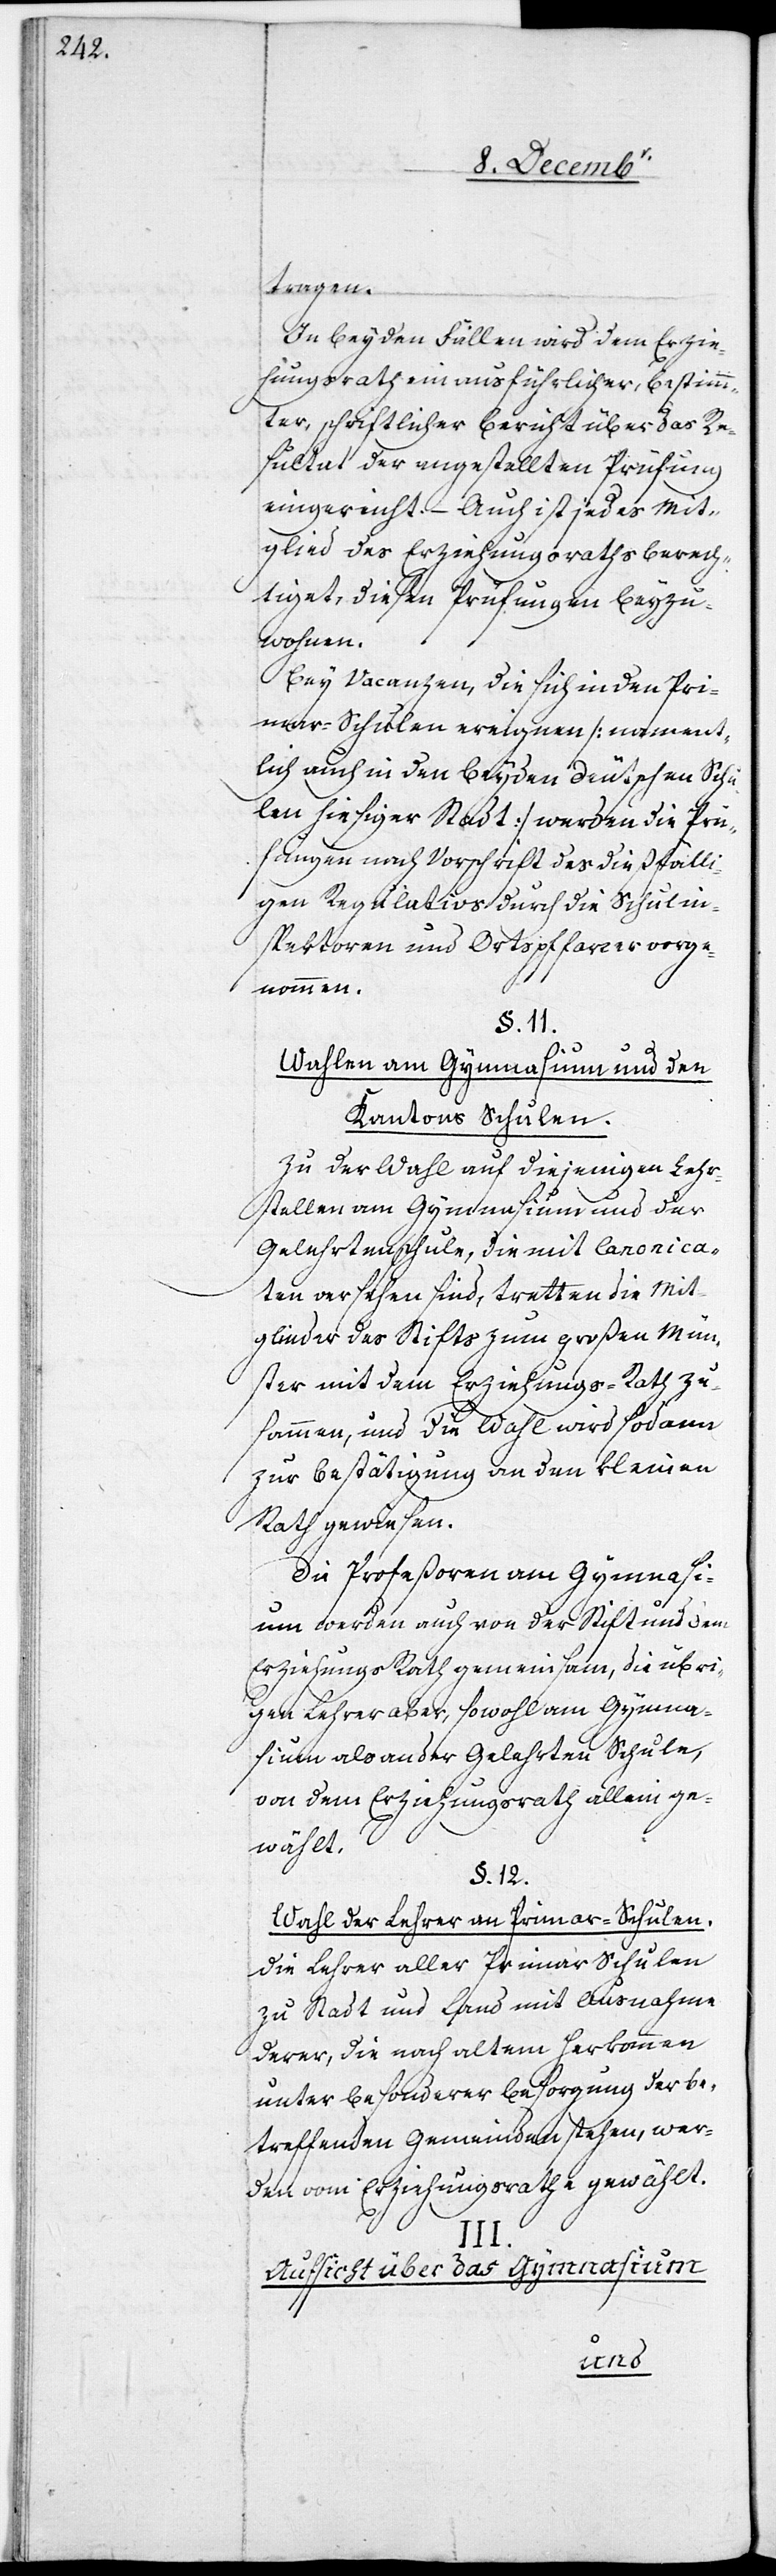
vorgen¬
In beyden Fällen wird dem Erzie¬
hungsrath ein ausführlicher, bestimm¬
ter, schriftlicher Bericht über das Re¬
sultat der angestellten Prüfung
eingereicht. – Auch ist jedes Mit¬
glied des Erziehungsraths berech¬
tiget, diesen Prüfungen beyzu¬
wohnen.
Bey Vacanzen, die sich in den Pri¬
maar-Schulen ereignen [nament¬
lich auch in den beyden deutschen Schu¬
len hießiger Stadt] werden die Prü¬
fungen nach Vorschrift des dießfälli¬
gen Regulativs durch die Schulin¬
spektoren und Ortspffarrer
ommen.
§. 11.
Wahlen am Gymnasium und den
Kantons[-]Schulen.
Zu der Wahl auf diejenigen Lehr¬
stellen am Gymnasium und der
Gelehrtenschule, die mit Canonica¬
ten versehen sind, tretten die Mit¬
glieder des Stifts zum großen Mün¬
ster mit dem Erziehungs-Rath zu¬
sammen, und die Wahl wird sodann
zur Bestätigung an den kleinen
Rath gewiesen.
Die Profeßoren am Gymnasi¬
um werden auch von der Stift und dem
Erziehungs[-]Rath gemeinsam, die übri¬
gen Lehrer aber, sowohl am Gymna¬
sium als an der Gelehrten[-]Schule,
von dem Erziehungsrath allein ge¬
wählt.
§. 12.
Wahl der Lehrer an Primar-Schulen.
Die Lehrer aller Primar[-]Schulen
zu Stadt und Land mit Ausnahme
derer, die nach altem Herkommen
unter besonderer Besorgung der be¬
treffenden Gemeinden stehen, wer¬
den vom Erziehungsrathe gewählt.
III.
Aufsicht über das Gymnasium